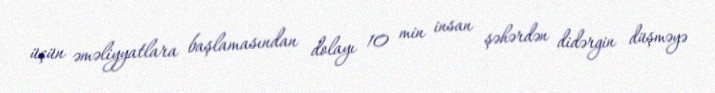
üçün əməliyyatlara başlamasından dolayı 10 min insan şəhərdən didərgin düşməyə